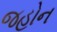
જહોન